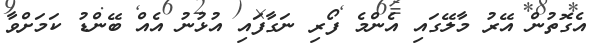
އެގޮތުން އޭރު މާލޭގައި އެންމެ ފޯރި ނަގާފައި އުޅުނު އެއް ބޭންޑު ކަމަށްވާ